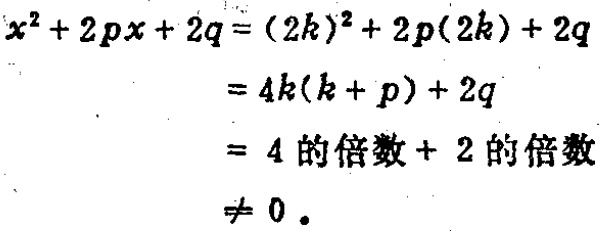
\[

\begin{align*}

x^{2}+2px + 2q&=(2k)^{2}+2p(2k)+2q\\

&=4k(k + p)+2q\\

&=4\text{ 的倍数}+2\text{ 的倍数}\\

&\neq0.

\end{align*}

\]